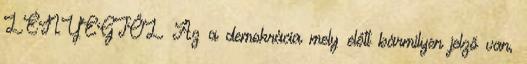
LÉNYEGTŐL Az a demokrácia mely előtt bármilyen jelző van,